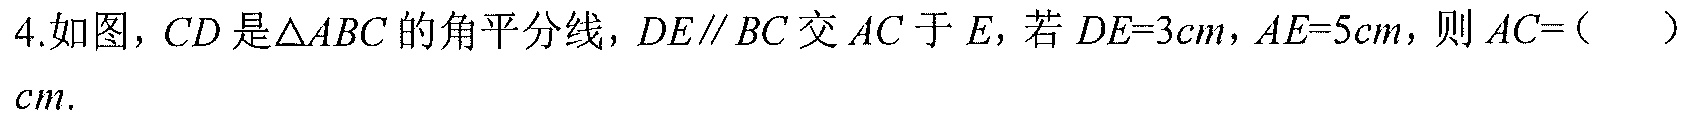
4.如图，$CD$是$\triangle ABC$的角平分线，$DE\parallel BC$交$AC$于$E$，若$DE = 3cm$，$AE = 5cm$，则$AC = ($  )$cm$.